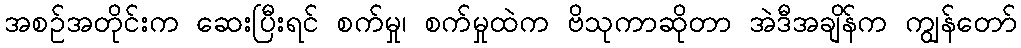
အစဉ်အတိုင်းက ဆေးပြီးရင် စက်မှု၊ စက်မှုထဲက ဗိသုကာဆိုတာ အဲဒီအချိန်က ကျွန်တော်